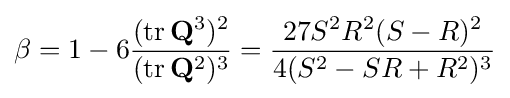
\beta =1-6{\frac {(\mathrm {tr} \,\mathbf {Q} ^{3})^{2}}{(\mathrm {tr} \,\mathbf {Q} ^{2})^{3}}}={\frac {27S^{2}R^{2}(S-R)^{2}}{4(S^{2}-SR+R^{2})^{3}}}